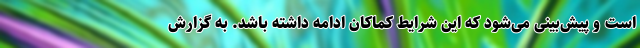
است و پیش‌بینی می‌شود که این شرایط کماکان ادامه داشته باشد. به گزارش